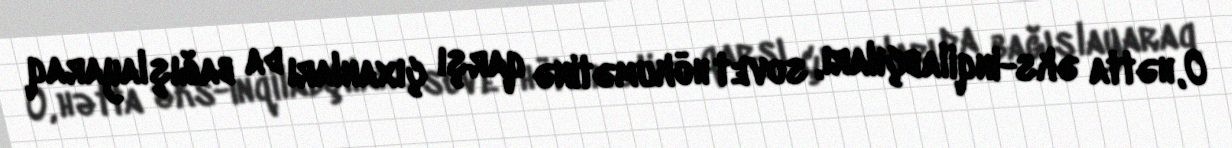
O, hətta əks-inqilabçıları, sovet hökumətinə qarşı çıxanları da bağışlayaraq